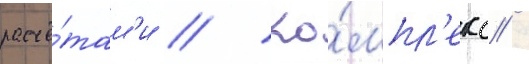
расчё́там'и // Ко́мпл'екс /